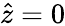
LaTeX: \hat{z}=0